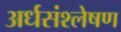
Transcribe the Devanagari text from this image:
अर्धसंश्लेषण